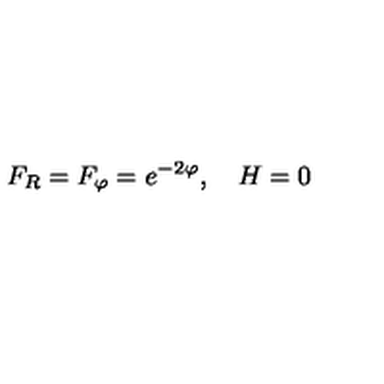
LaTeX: F _ { R } = F _ { \varphi } = e ^ { - 2 \varphi } , \quad H = 0